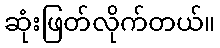
ဆုံးဖြတ်လိုက်တယ်။